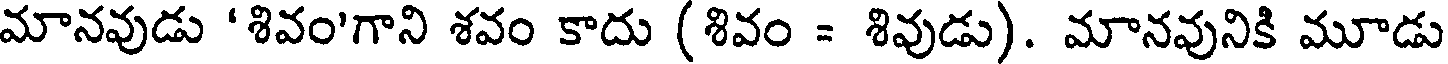
మానవుడు 'శివం'గాని శవం కాదు (శివం = శివుడు). మానవునికి మూడు